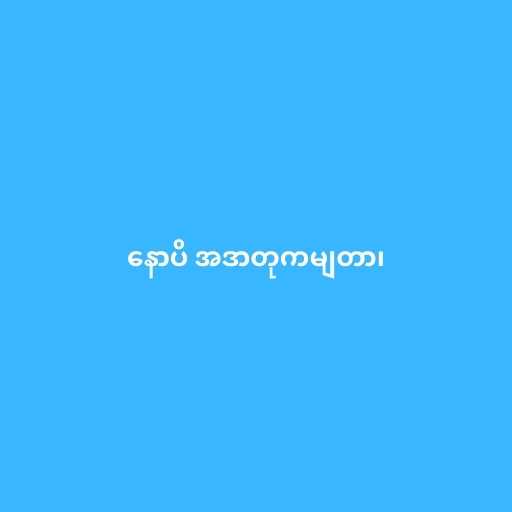
နောပိ အဒာတုကမျတာ၊